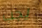
يجب